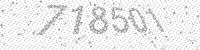
Solution: 718501